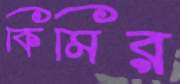
কিমির